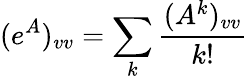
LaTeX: (e^{A})_{vv}=\sum_{k}\frac{(A^{k})_{vv}}{k!}